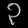
Digit: ၃